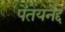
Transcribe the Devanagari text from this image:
पेंतेयर्नेद्द